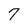
Character: 7